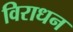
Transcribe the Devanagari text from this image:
विराधन